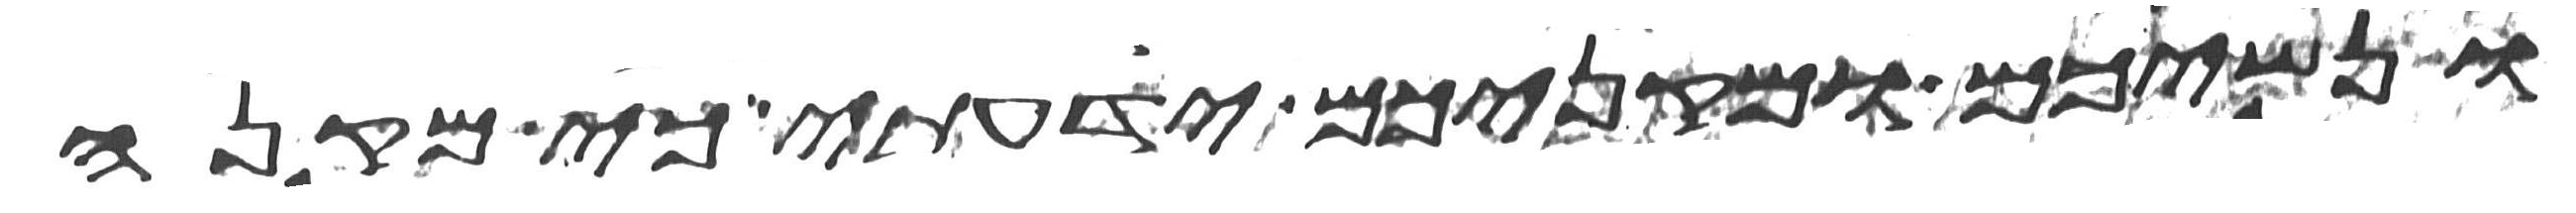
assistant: ונשיכם ומקניכם ידעתי כי מקנה